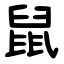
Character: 鼠